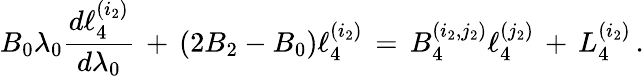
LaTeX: B_{0}\lambda_{0}{\frac{d\ell_{4}^{(i_{2})}}{d\lambda_{0}}}\, +\, \left(2B_{2}-B_{0}\right)\ell_{4}^{(i_{2})}\, =\, B_{4}^{(i_{2},j_{2})}\ell_{4}^{(j_{2})}\, +\, L_{4}^{(i_{2})}\, .